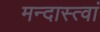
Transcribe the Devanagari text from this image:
मन्दास्त्वां